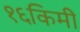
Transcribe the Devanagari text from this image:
१६किमी